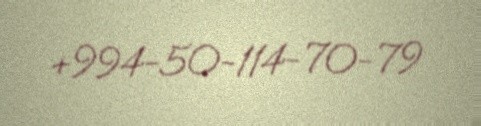
+994-50-114-70-79